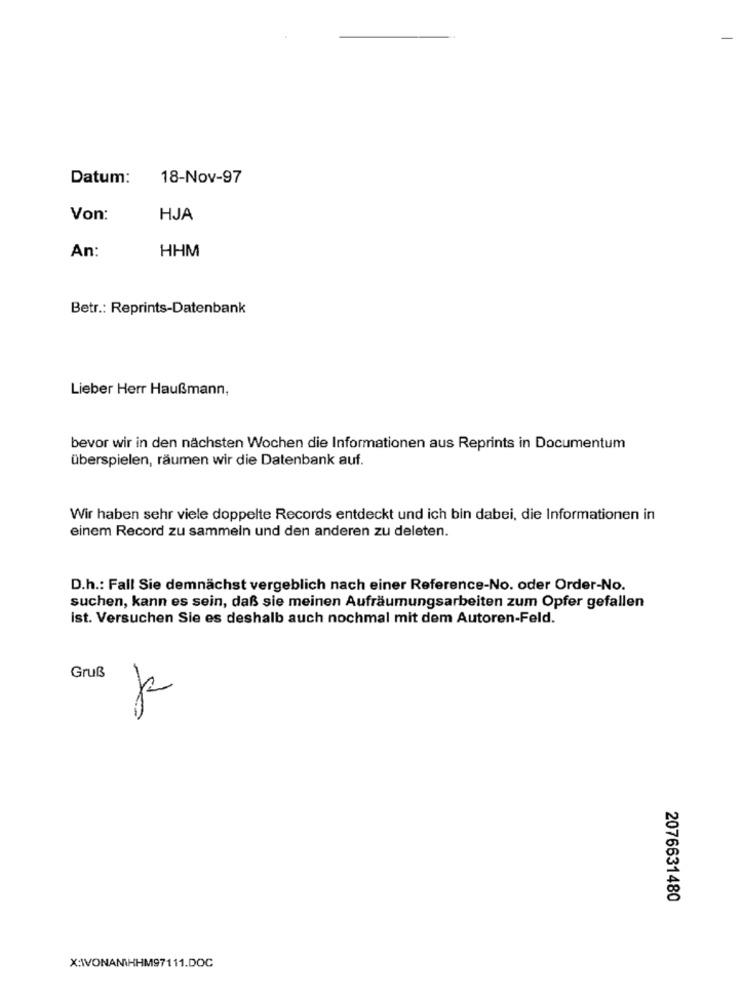
Datum:
18-Nov-97
Von:
HJA
HHM
An:
Betr .: Reprints-Datenbank
Lieber Herr Haußmann,
bevor wir in den nächsten Wochen die Informationen aus Reprints in Documentum
überspielen, räumen wir die Datenbank auf.
Wir haben sehr viele doppelte Records entdeckt und ich bin dabei, die Informationen in
einem Record zu sammeln und den anderen zu deleten.
D.h .: Fall Sie demnächst vergeblich nach einer Reference-No. oder Order-No.
suchen, kann es sein, daß sie meinen Aufräumungsarbeiten zum Opfer gefallen
ist. Versuchen Sie es deshalb auch nochmal mit dem Autoren-Feld.
Gruß
2076631480
X:IVONANHHM97111.DOC